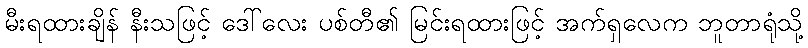
မီးရထားချိန် နီးသဖြင့် ဒေါ်လေး ပစ်တီ၏ မြင်းရထားဖြင့် အက်ရှလေက ဘူတာရုံသို့